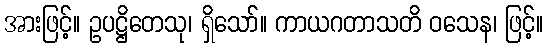
အားဖြင့်။ ဥပဋ္ဌိတေသု၊ ရှိသော်။ ကာယဂတာသတိ ဝသေန၊ ဖြင့်။